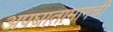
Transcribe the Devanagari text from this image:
अपघातामागची